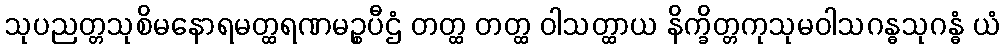
သုပညတ္တသုစိမနောရမတ္ထရဏမဉ္စပီဌံ တတ္ထ တတ္ထ ဝါသတ္ထာယ နိက္ခိတ္တကုသုမဝါသဂန္ဓသုဂန္ဓံ ယံ